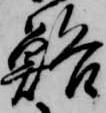
鮥